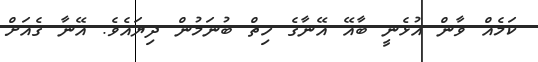
ކަމެއް ވާން އުޅެނީ ބާއޭ އޭނާގެ ހިތް ބުނަމުން ދިޔައެވެ. އޭނާ ގެއަށް